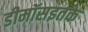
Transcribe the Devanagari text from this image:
डीमॉसइतके